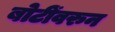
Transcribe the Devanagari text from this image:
बोटींवरुन